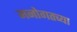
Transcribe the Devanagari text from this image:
मनोगतच्या